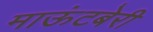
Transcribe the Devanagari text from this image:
माऊंटबेरी